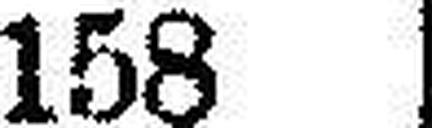
158